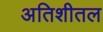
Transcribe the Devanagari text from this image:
अतिशीतल